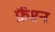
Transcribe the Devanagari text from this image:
फ्रैंप्टन